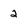
Character: 2